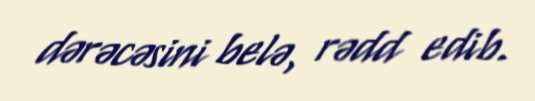
dərəcəsini belə, rədd edib.